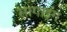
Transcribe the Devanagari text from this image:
सागाइंग